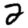
Digit: 2